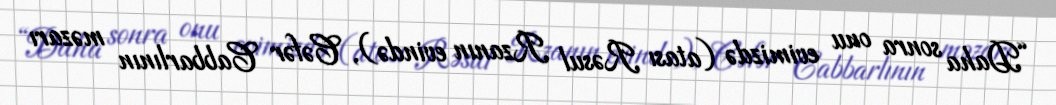
“Daha sonra onu evimizdə (atası Rəsul Rzanın evində), Cəfər Cabbarlının məzarı